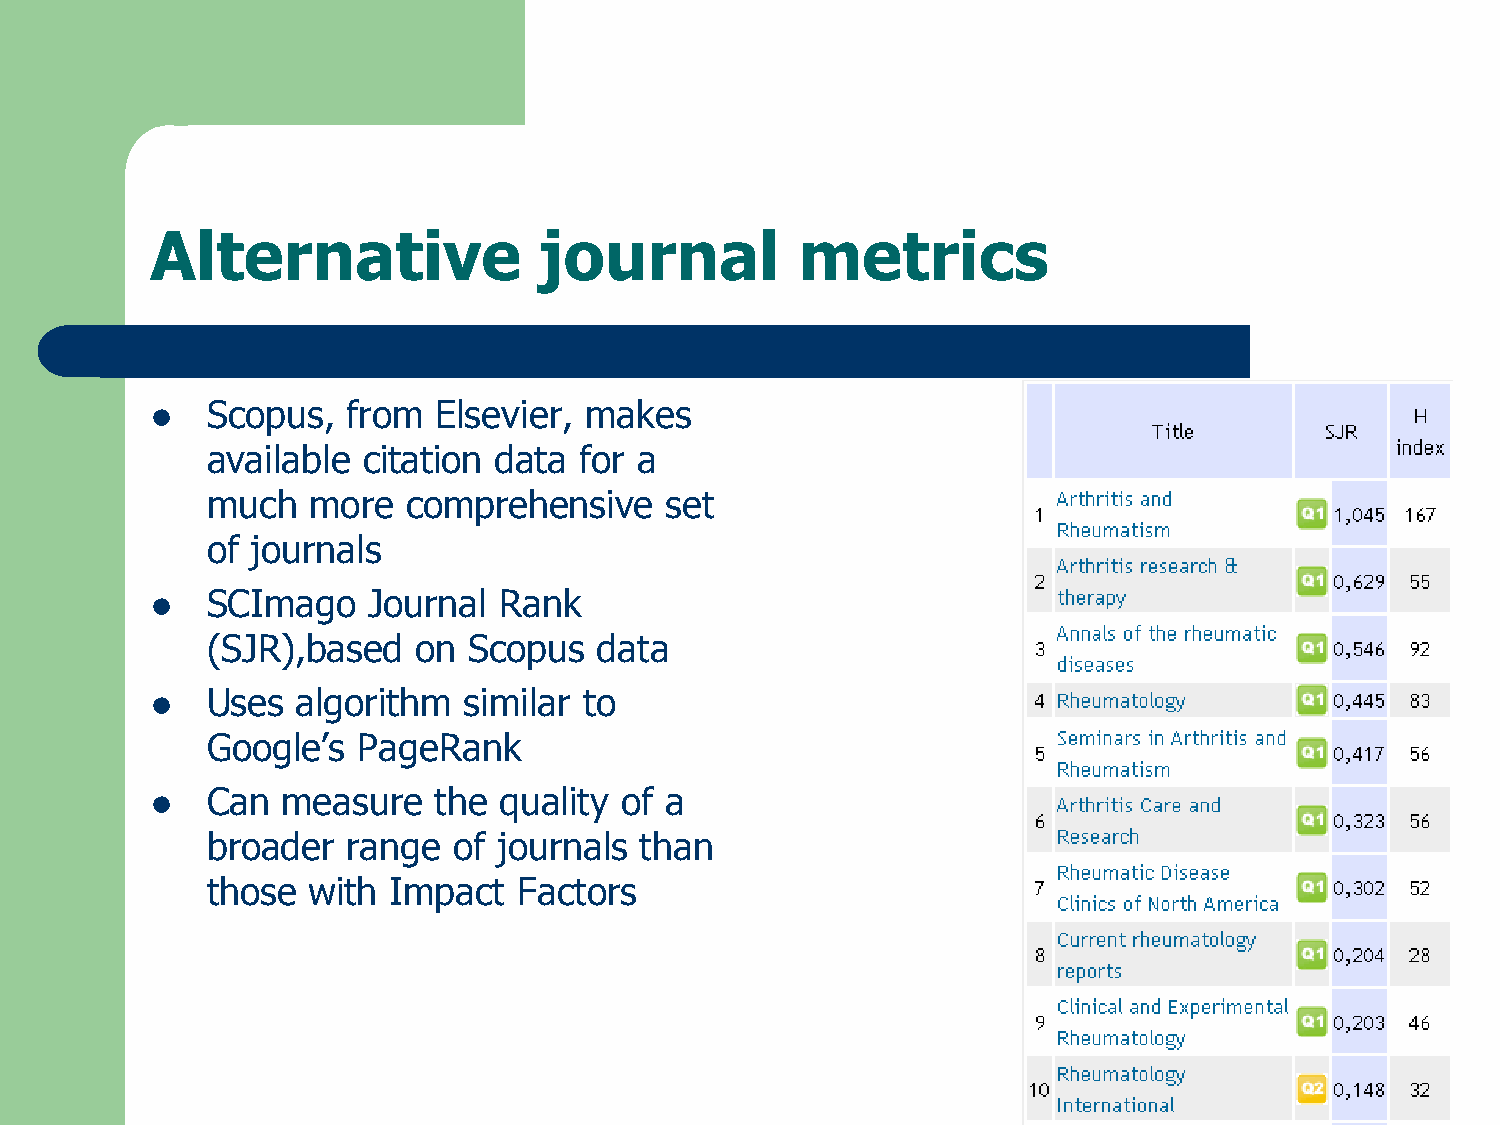
Alternative               journal          metrics
 Scopus,  from  Elsevier, makes
 
 available citation data for a
 much  more   comprehensive    set
 of journals
 SCImago   Journal  Rank
 
 (SJR),based   on Scopus   data
 Uses  algorithm  similar to
 
 Google‟s  PageRank
 Can  measure   the quality of a
 
 broader  range  of journals than
 those with  Impact  Factors